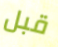
قبل